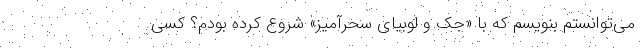
می‌توانستم بنویسم که با «جک و لوبیای سحرآمیز» شروع کرده بودم؟ کسی